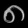
Digit: ၈